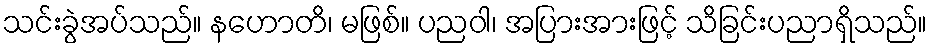
သင်းခွဲအပ်သည်။ နဟောတိ၊ မဖြစ်။ ပညဝါ၊ အပြားအားဖြင့် သိခြင်းပညာရှိသည်။